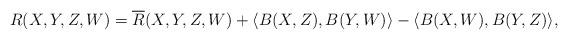
LaTeX: \begin{align*}R(X,Y,Z,W)=\overline{R}(X,Y,Z,W)+\langle B(X,Z),B(Y,W)\rangle-\langle B(X,W),B(Y,Z)\rangle,\end{align*}